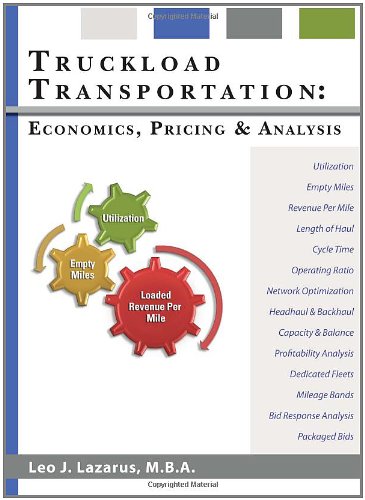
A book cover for Truckload Transportation: Economics, Pricing and Analysis; Leo J. Lazarus; Business & Money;